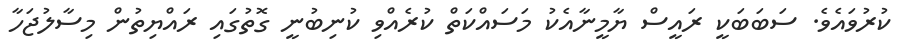
ކުރުވައެވެ. ސަބަބަކީ ރައީސް ޔާމީނާއެކު މަސައްކަތް ކުރެއްވި ކުނިބުނީ ގޮތުގައި ރައްޔިތުން މިސާލުޖަހާ